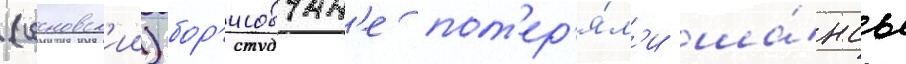
(сосновск'ии) бор'исовчан'е пот'ер'я́л'и ша́нсы